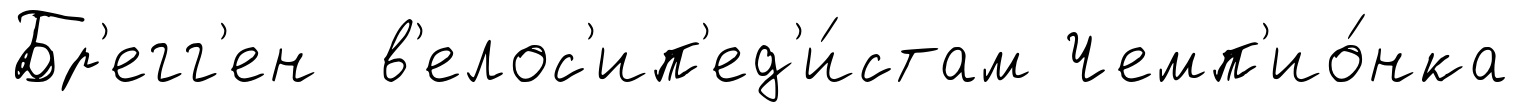
Бр'егг'ен в'елос'ип'ед'и́стам Чемп'ио́нка